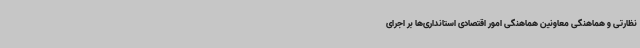
نظارتی و هماهنگی معاونین هماهنگی امور اقتصادی استانداری‌ها بر اجرای